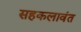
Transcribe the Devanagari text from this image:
सहकलावंत